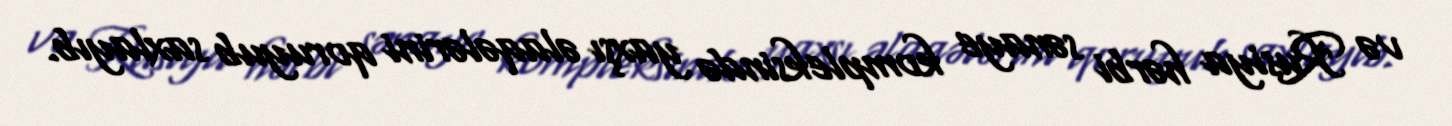
və Rusiya hərbi sənaye kompleksində yaxşı əlaqələrini qoruyub saxlayıb.